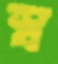
স্ব